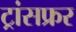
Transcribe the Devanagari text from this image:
ट्रांसफ्रर